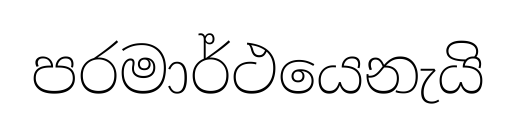
පරමාර්ථයෙනැයි